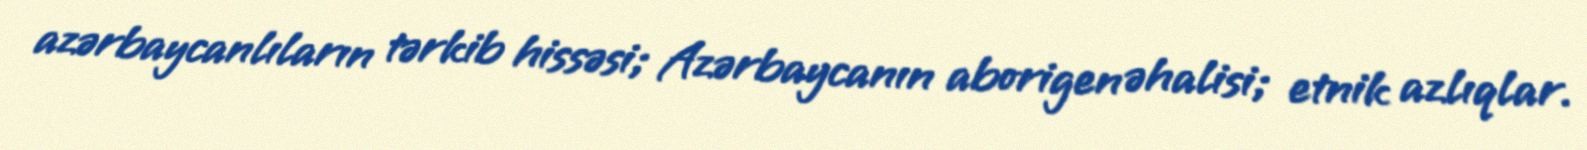
azərbaycanlıların tərkib hissəsi; Azərbaycanın aborigen əhalisi; etnik azlıqlar.